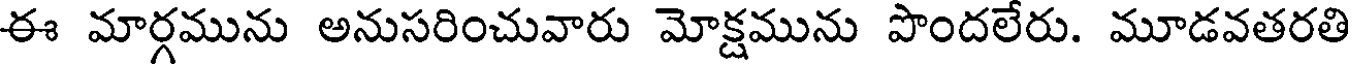
ఈ మార్గమును అనుసరించువారు మోక్షమును పొందలేరు. మూడవతరతి